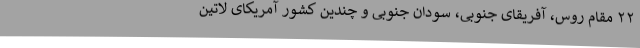
۲۲ مقام روس، آفریقای جنوبی، سودان جنوبی و چندین کشور آمریکای لاتین